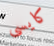
كايسى